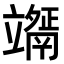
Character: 𥫇